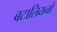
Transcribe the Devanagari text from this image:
बटालियनो